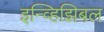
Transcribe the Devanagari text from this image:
इन्व्हिझिबल